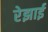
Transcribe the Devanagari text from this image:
रेझाई